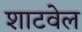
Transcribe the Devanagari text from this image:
शाटवेल